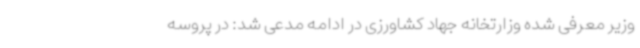
وزیر معرفی شده وزارتخانه جهاد کشاورزی در ادامه مدعی شد: در پروسه